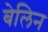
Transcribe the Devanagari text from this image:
बेलिन